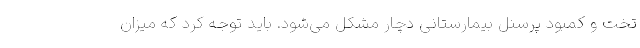
تخت و کمبود پرسنل بیمارستانی دچار مشکل می‌شود. باید توجه کرد که میزان